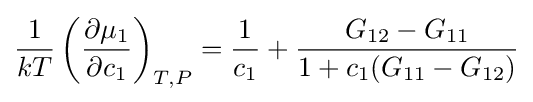
{\frac {1}{kT}}\left({\frac {\partial \mu _{1}}{\partial c_{1}}}\right)_{T,P}={\frac {1}{c_{1}}}+{\frac {G_{12}-G_{11}}{1+c_{1}(G_{11}-G_{12})}}